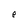
Character: e